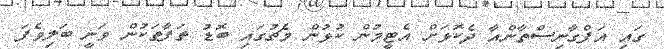
ގައި އަފްގާނިސްތާންއާ ދެކޮޅަށް އެޓީމުން ކުޅުން މެޗުގައި ބޮޑު ތަފާތަކުން ވަނީ ބަލިވެފަ